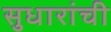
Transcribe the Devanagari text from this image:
सुधारांची